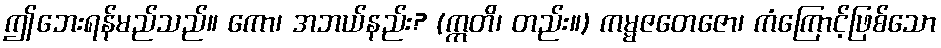
ဤဘေးရန်မည်သည်။ ကော၊ အဘယ်နည်း? (ဣတိ၊ တည်း။) ကမ္မဇတေဇော၊ ကံကြောင့်ဖြစ်သော